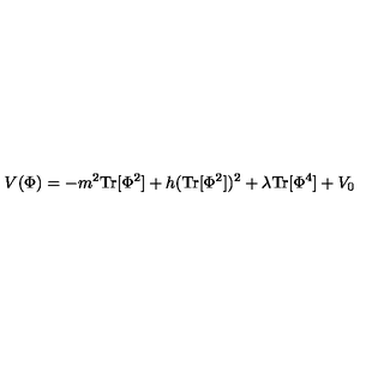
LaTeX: V ( \Phi ) = - m ^ { 2 } \mathrm { T r } [ \Phi ^ { 2 } ] + h ( \mathrm { T r } [ \Phi ^ { 2 } ] ) ^ { 2 } + \lambda \mathrm { T r } [ \Phi ^ { 4 } ] + V _ { 0 }